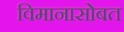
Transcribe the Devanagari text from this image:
विमानासोबत